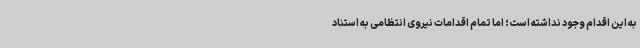
به این اقدام وجود نداشته است؛ اما تمام اقدامات نیروی انتظامی به استناد